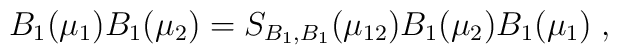
B_1(\mu_1)B_1(\mu_2) = S_{B_1,B_1}(\mu_{12}) B_1(\mu_2)B_1(\mu_1)\;,